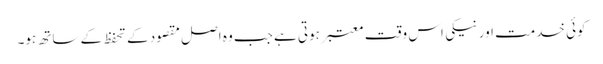
کوئی خدمت اور نیکی اس وقت معتبر ہوتی ہے جب وہ اصل مقصود کے تحفظ کے ساتھ ہو۔